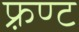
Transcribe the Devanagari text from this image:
फ़्रण्ट